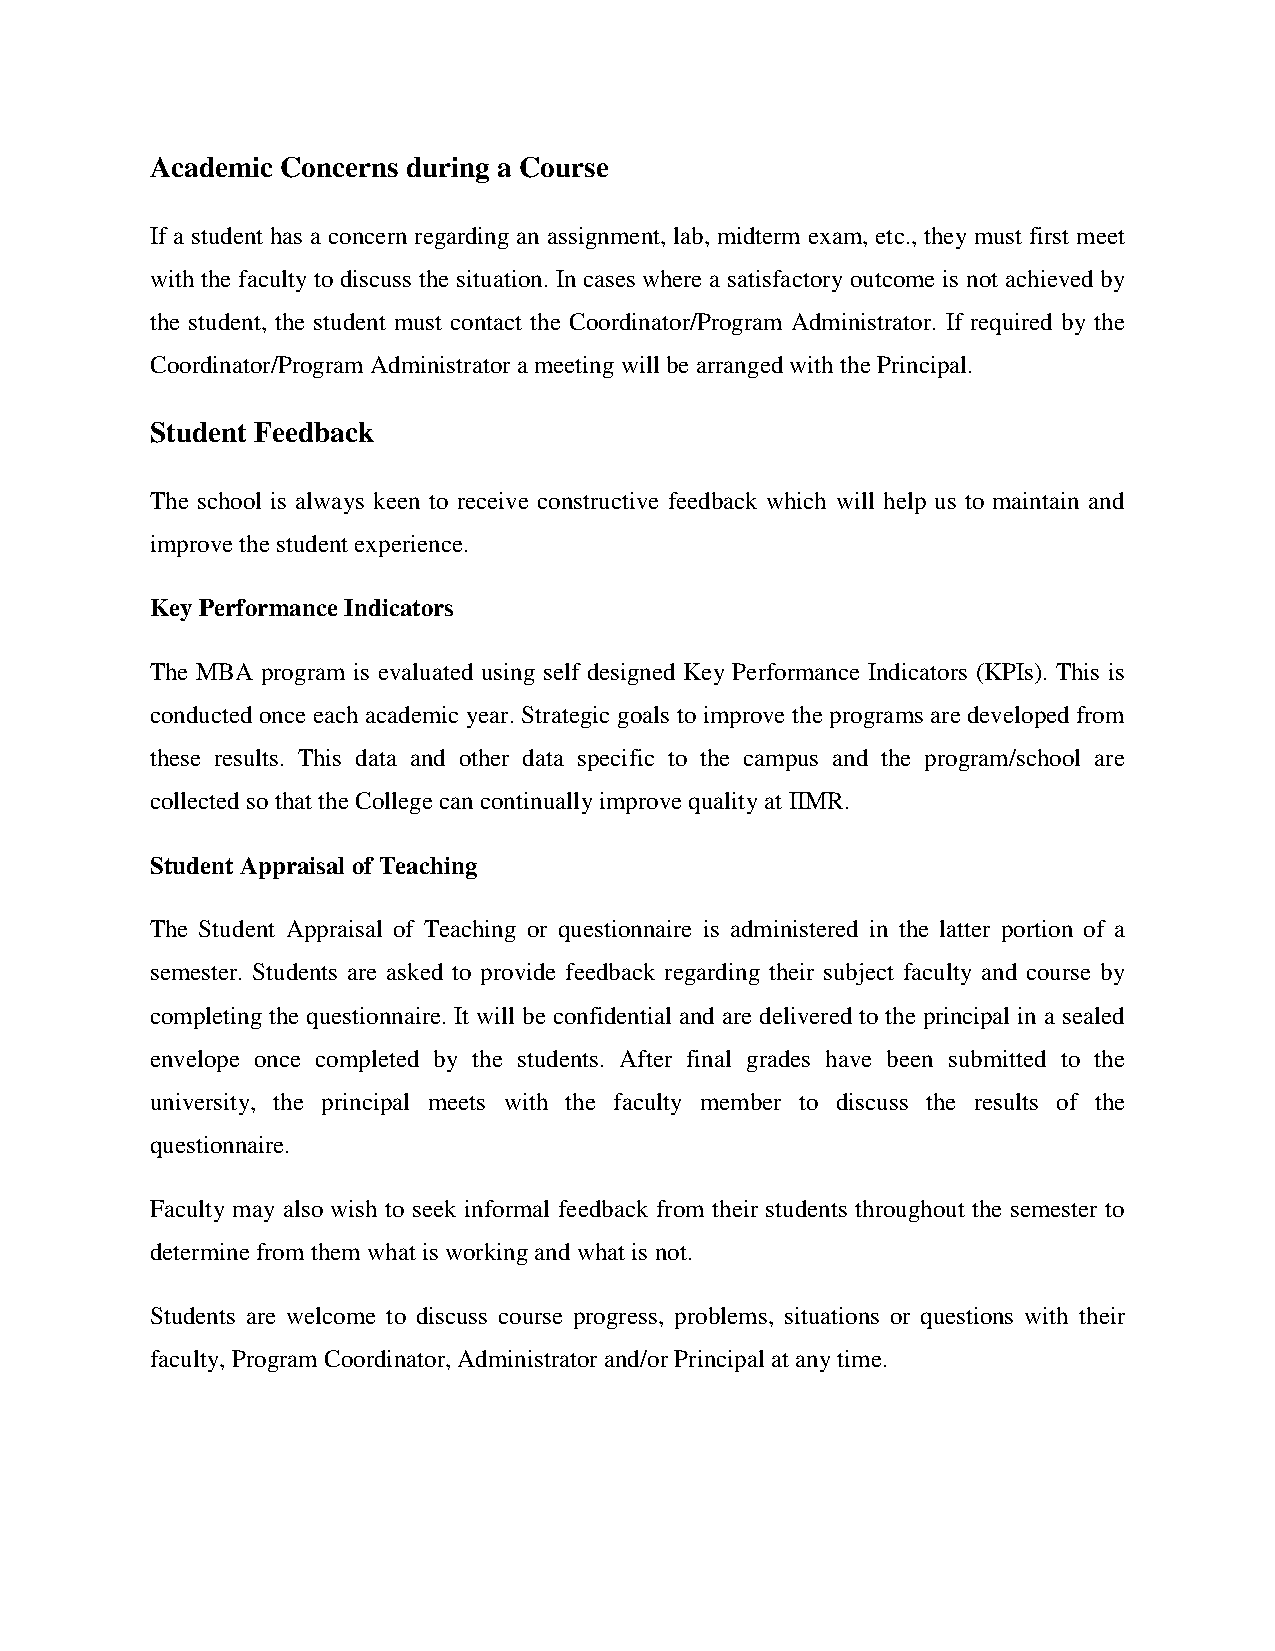
Academic Concerns during a Course
 If a student has a concern regarding an assignment, lab, midterm exam, etc., they must first meet
 with the faculty to discuss the situation. In cases where a satisfactory outcome is not achieved by
 the student, the student must contact the Coordinator/Program Administrator. If required by the
 Coordinator/Program Administrator a meeting will be arranged with the Principal.
 Student Feedback
 The school is always keen to receive constructive feedback which will help us to maintain and
 improve the student experience.
 Key Performance Indicators
 The MBA program is evaluated using self designed Key Performance Indicators (KPIs). This is
 conducted once each academic year. Strategic goals to improve the programs are developed from
 these results. This data and other data specific to the campus and the program/school are
 collected so that the College can continually improve quality at IIMR.
 Student Appraisal of Teaching
 The Student Appraisal of Teaching or questionnaire is administered in the latter portion of a
 semester. Students are asked to provide feedback regarding their subject faculty and course by
 completing the questionnaire. It will be confidential and are delivered to the principal in a sealed
 envelope once completed by the students. After final grades have been submitted to the
 university, the principal meets with the faculty member to discuss the results of the
 questionnaire.
 Faculty may also wish to seek informal feedback from their students throughout the semester to
 determine from them what is working and what is not.
 Students are welcome to discuss course progress, problems, situations or questions with their
 faculty, Program Coordinator, Administrator and/or Principal at any time.